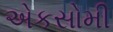
એકસોમી